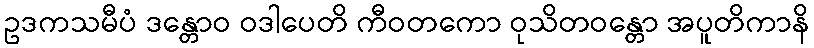
ဥဒကသမီပံ ဒန္တောဝ ဝဒါပေတိ ကီဝတကော ဝုသိတဝန္တော အပူတိကာနိ